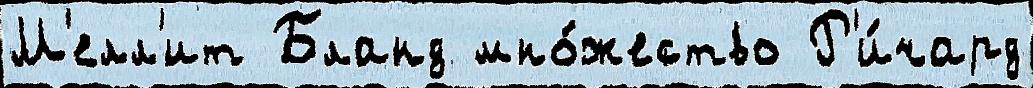
М'елл'ит Бланд мно́жество Р'и́чард